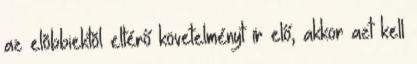
az elõbbiektõl eltérő követelményt ír elő, akkor azt kell